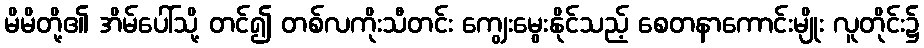
မိမိတို့၏ အိမ်ပေါ်သို့ တင်၍ တစ်လကိုးသီတင်း ကျွေးမွေးနိုင်သည့် စေတနာကောင်းမျိုး လူတိုင်း၌